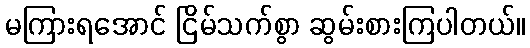
မကြားရအောင် ငြိမ်သက်စွာ ဆွမ်းစားကြပါတယ်။